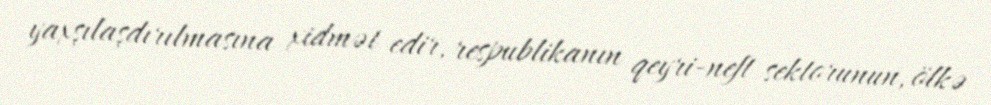
yaxşılaşdırılmasına xidmət edir, respublikanın qeyri-neft sektorunun, ölkə